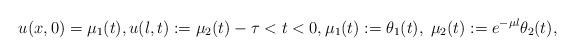
LaTeX: \begin{align*} u(x, 0) = \mu_{1}(t), u(l, t) := \mu_{2}(t) -\tau < t < 0, \mu_{1}(t) := \theta_{1}(t), \; \mu_{2}(t) := e^{-\mu l} \theta_{2}(t), \end{align*}